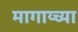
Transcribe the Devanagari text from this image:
मागाय्च्या